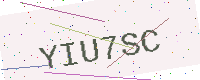
Text: YIU7SC